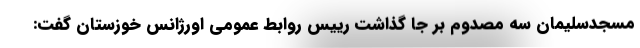
مسجدسلیمان سه مصدوم بر جا گذاشت رییس روابط عمومی اورژانس خوزستان گفت: